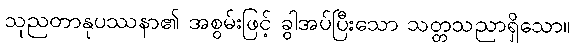
သုညတာနုပဿနာ၏ အစွမ်းဖြင့် ခွါအပ်ပြီးသော သတ္တသညာရှိသော။